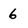
Character: 6